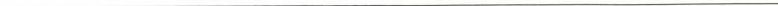
___